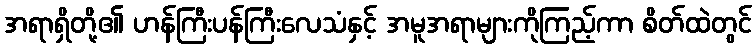
အရာရှိတို့၏ ဟန်ကြီးပန်ကြီးလေသံနှင့် အမူအရာများကိုကြည့်ကာ စိတ်ထဲတွင်